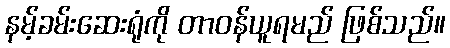
နမ့်ခမ်းဆေးရုံကို တာဝန်ယူရမည် ဖြစ်သည်။